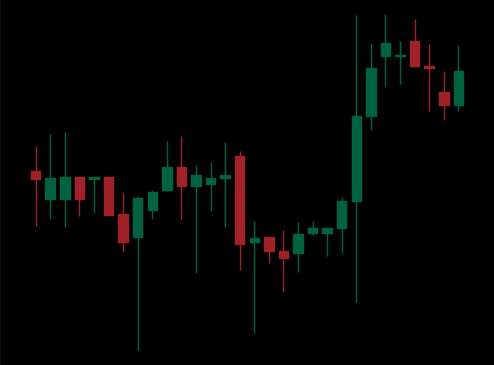
Pattern: unclassified